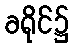
ခရိုင်၌